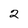
Character: 2